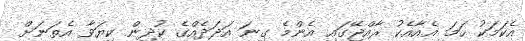
އެކަމަކު ހަމަ އެއާއެކު ރާއްޖޭގައި އެންމެ ގިނަ އަދަދެއްގެ ކުދިން ކިޔަވާ އެތަނަށް